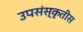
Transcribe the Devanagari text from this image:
उपसंस्कृतीस